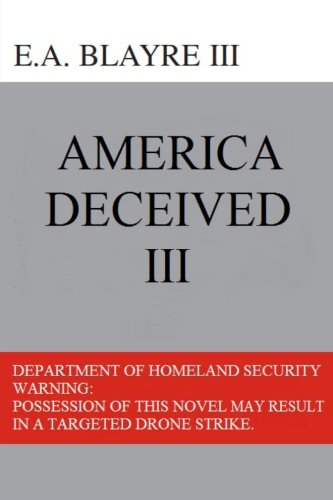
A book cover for America Deceived III: Department of Homeland Security Warning: Possession of this novel may result in a targeted drone strike; E.A. Blayre III; Literature & Fiction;